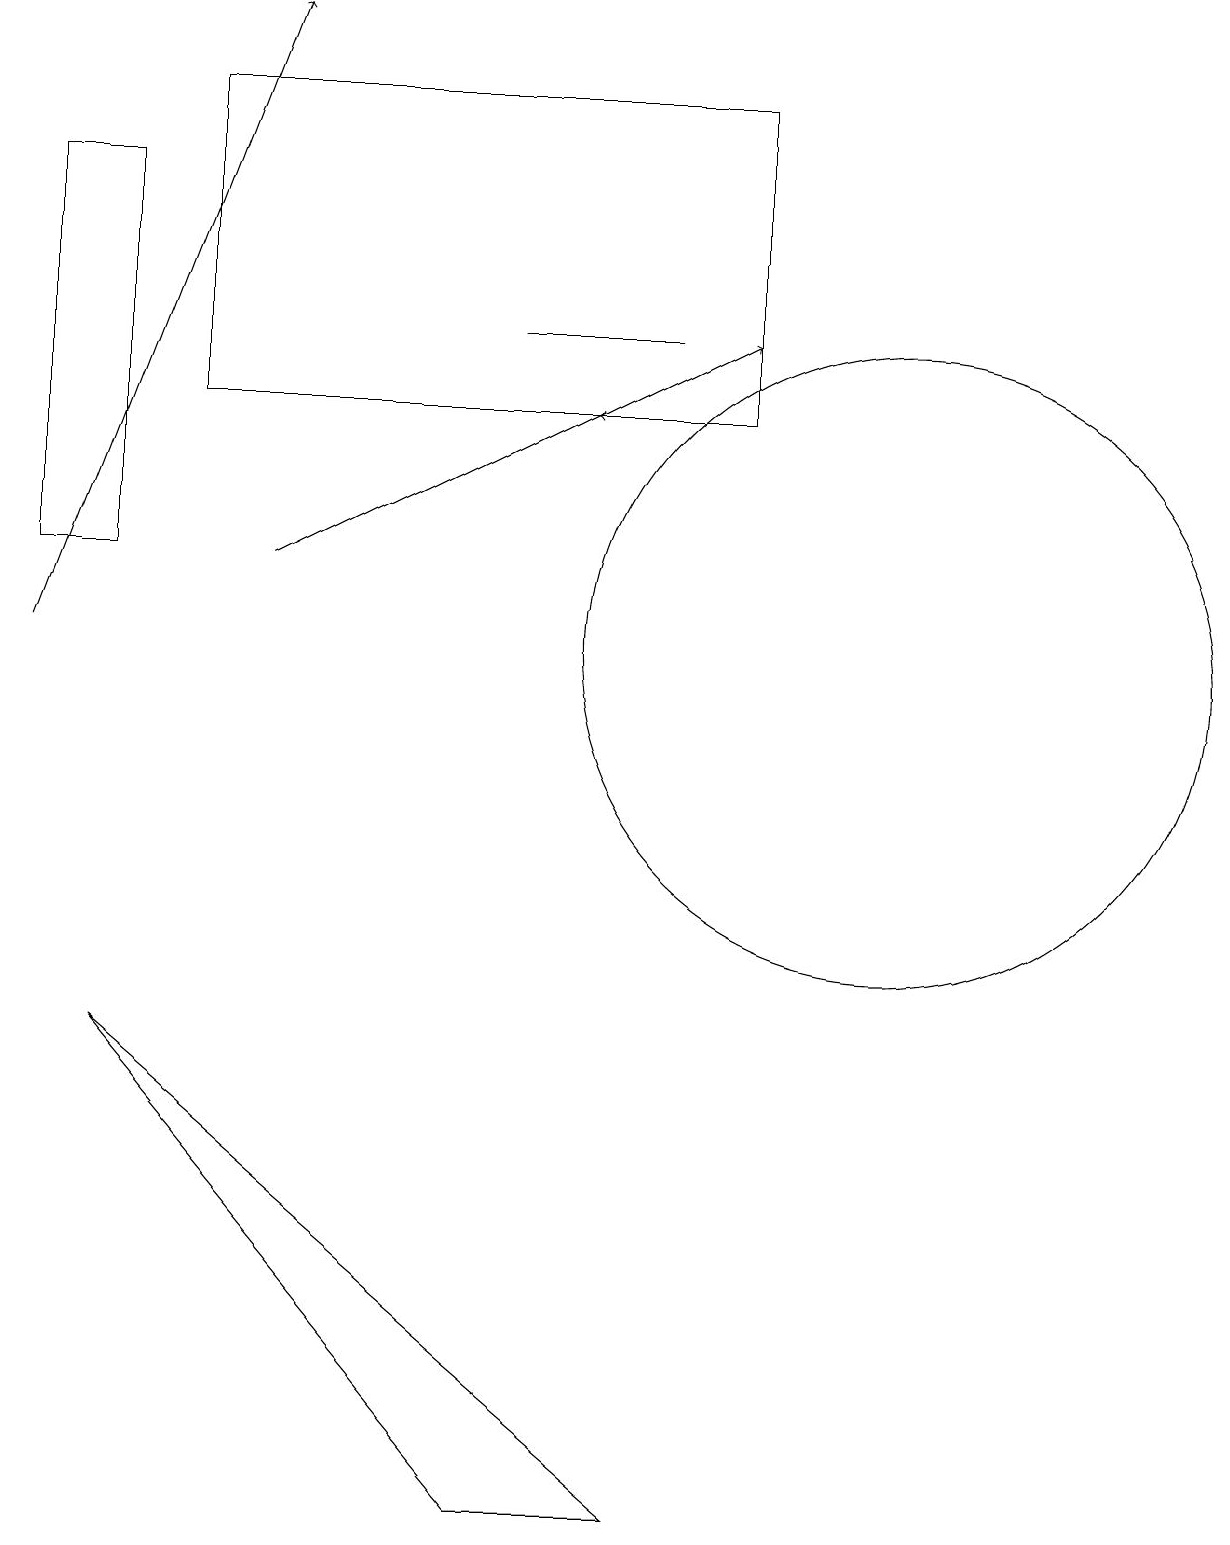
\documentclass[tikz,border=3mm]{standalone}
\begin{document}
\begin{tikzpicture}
\draw (1,17) rectangle (0,12);
\draw (9,14) rectangle (2,18);
\draw (11,11) circle (4);
\draw[->] (3,12) -- (9,15);
\draw (6,0) -- (1,6) -- (8,0) -- cycle;
\draw[->] (8,14) -- (7,14);
\draw[->] (0,11) -- (3,19);
\draw (8,15) rectangle (6,15);
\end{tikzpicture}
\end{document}